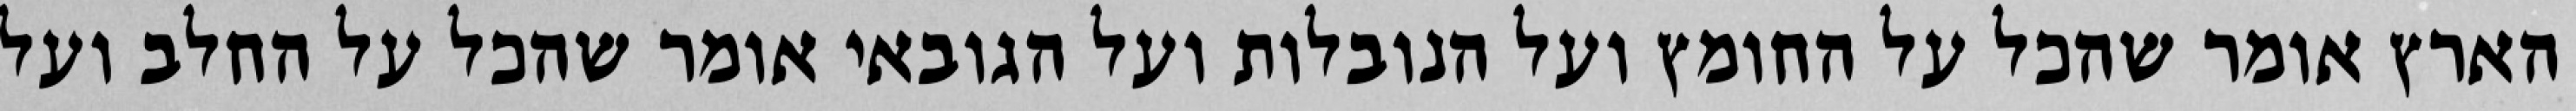
הארץ אומר שהכל על החומץ ועל הנובלות ועל הגובאי אומר שהכל על החלב ועל